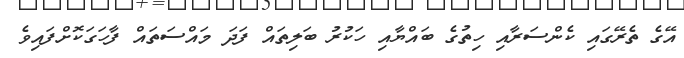
އޭގެ ތެރޭގައި ކެންސަރާއި ހިތުގެ ބައްޔާއި ހަކުރު ބަލިތައް ފަދަ މައްސަަތައް ފާހަގަކޮށްފައިވެ